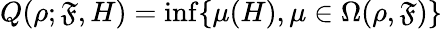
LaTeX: Q(\rho;\mathfrak{F},H)=\operatorname*{inf}\{ \mu(H),\mu\in\Omega(\rho,\mathfrak{F})\}